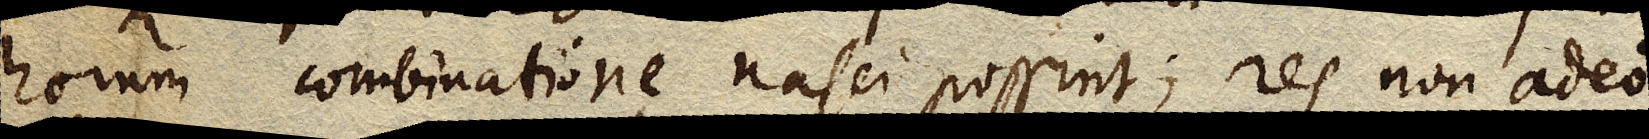
horum combinatione nasci possint; res non adeo